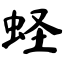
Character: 蛏